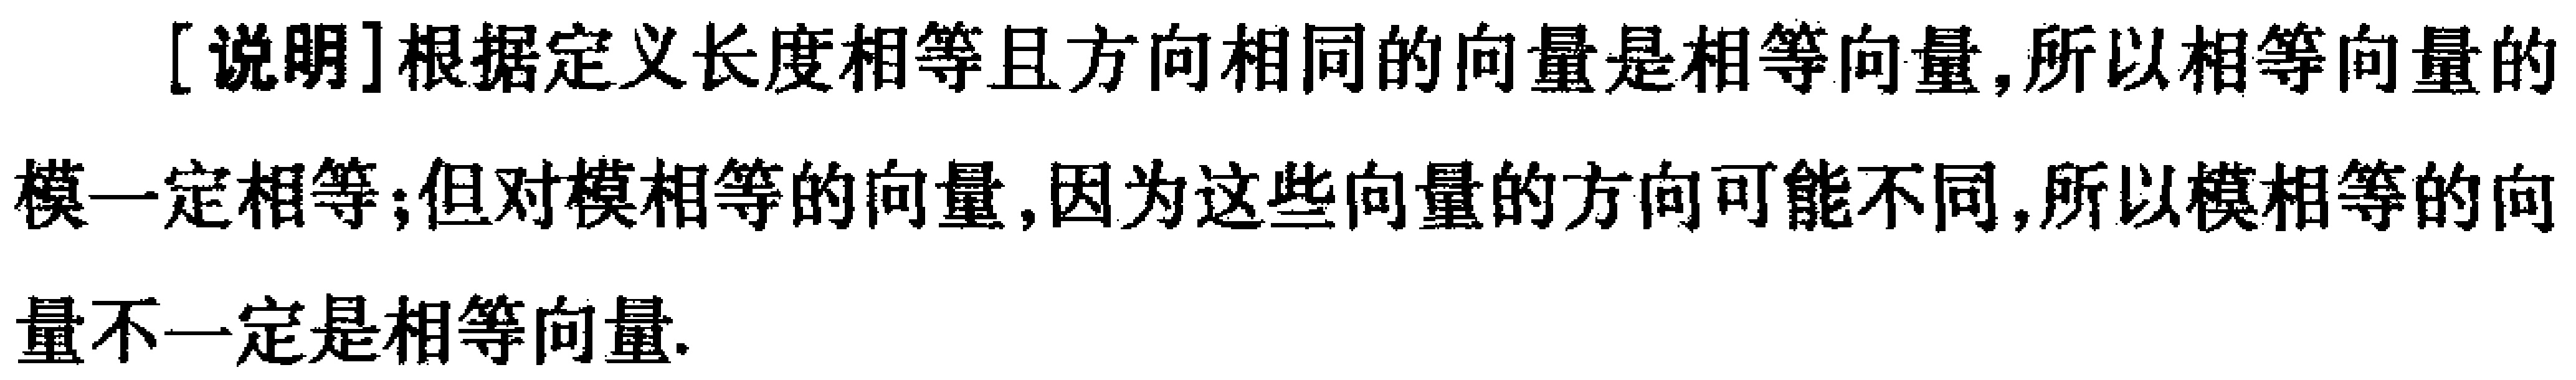
[说明]根据定义长度相等且方向相同的向量是相等向量,所以相等向量的模一定相等;但对模相等的向量,因为这些向量的方向可能不同,所以模相等的向量不一定是相等向量.